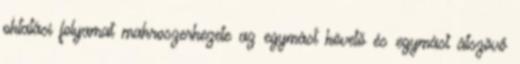
oktatási folyamat makroszerkezete az egymást követő és egymást átszövő